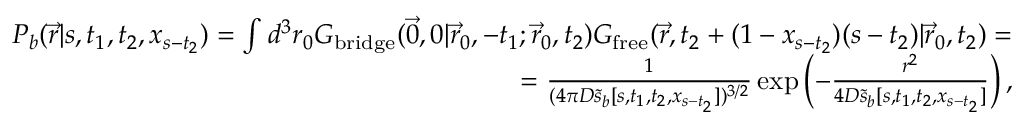
\begin{array} { r } { P _ { b } ( \vec { r } | s , t _ { 1 } , t _ { 2 } , x _ { s - t _ { 2 } } ) = \int d ^ { 3 } r _ { 0 } G _ { \mathrm { b r i d g e } } ( \vec { 0 } , 0 | \vec { r } _ { 0 } , - t _ { 1 } ; \vec { r } _ { 0 } , t _ { 2 } ) G _ { \mathrm { f r e e } } ( \vec { r } , t _ { 2 } + ( 1 - x _ { s - t _ { 2 } } ) ( s - t _ { 2 } ) | \vec { r } _ { 0 } , t _ { 2 } ) = } \\ { = \frac { 1 } { ( 4 \pi D \tilde { s } _ { b } [ s , t _ { 1 } , t _ { 2 } , x _ { s - t _ { 2 } } ] ) ^ { 3 / 2 } } \exp \left( - \frac { r ^ { 2 } } { 4 D \tilde { s } _ { b } [ s , t _ { 1 } , t _ { 2 } , x _ { s - t _ { 2 } } ] } \right) , } \end{array}